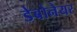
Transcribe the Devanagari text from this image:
डेबोनेयर